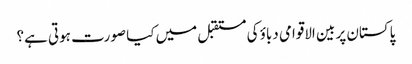
پاکستان پر بین الاقوامی دباؤ کی مستقبل میں کیا صورت ہوتی ہے؟